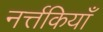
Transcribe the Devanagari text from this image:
नर्त्तकियाँ